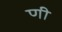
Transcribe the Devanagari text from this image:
णी